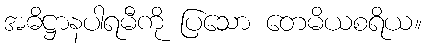
အဓိဋ္ဌာနပါရမီကို ပြသော တေမိယစရိယ။